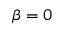
\beta = 0